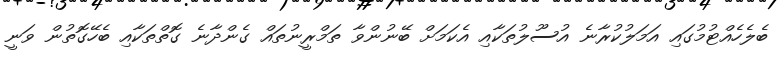
ބެލެހެއްޓުމުގައި އަމަލުކުރާނެ އުސޫލުތަކާއި އެކަމަށް ބޭނުންވާ ތަމްރީނުތައް ގެންދާނެ ގޮތްތަކާއި ބެހޭގޮތުން ވަނީ